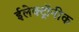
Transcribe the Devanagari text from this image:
ईलेक्ट्रॉनीक